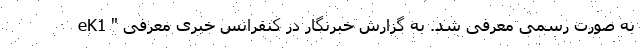
eK1 " به صورت رسمی معرفی شد. به گزارش خبرنگار در کنفرانس خبری معرفی